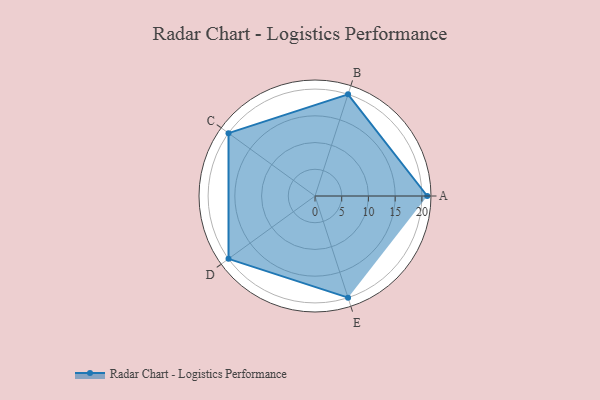
{"axis": {"x": "Skill", "y": "Score"}, "legend": ["Profile"], "data": [{"x": "A", "y": 21.0, "type": "Profile"}, {"x": "B", "y": 20, "type": "Profile"}, {"x": "C", "y": 20, "type": "Profile"}, {"x": "D", "y": 20, "type": "Profile"}, {"x": "E", "y": 20, "type": "Profile"}]}